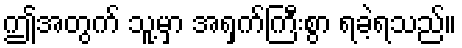
ဤအတွက် သူ့မှာ အရှက်ကြီးစွာ ရခဲ့ရသည်။